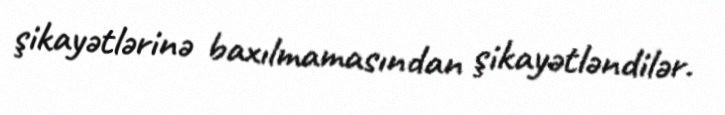
şikayətlərinə baxılmamasından şikayətləndilər.